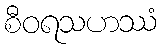
စီဝရသဟဿံ